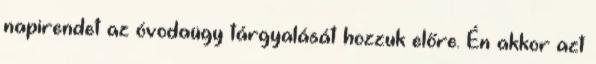
napirendet az óvodaügy tárgyalását hozzuk előre. Én akkor azt